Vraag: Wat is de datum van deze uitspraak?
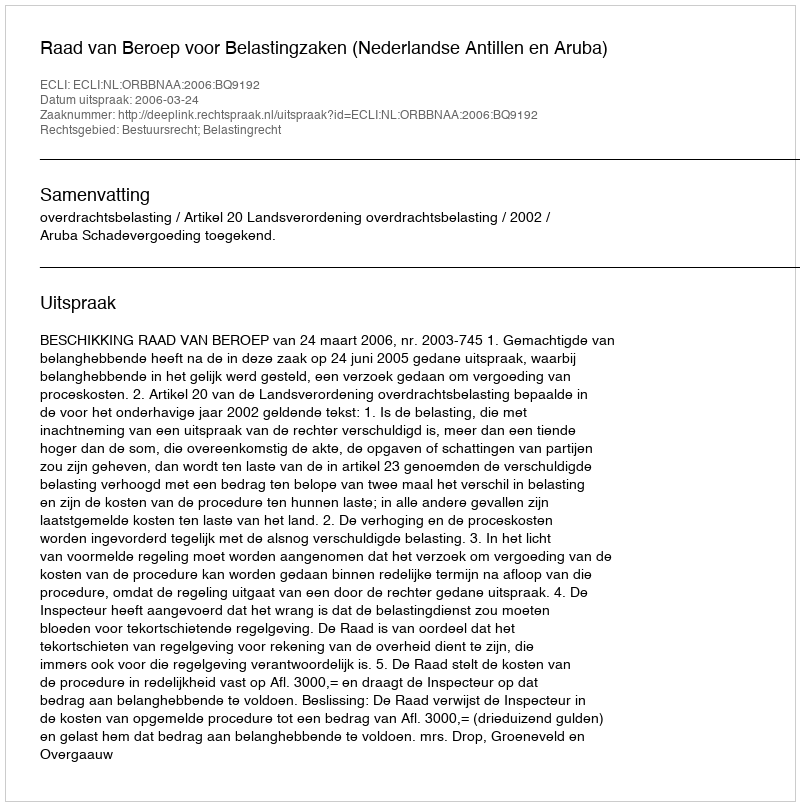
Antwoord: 2006-03-24